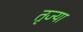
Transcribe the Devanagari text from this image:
तृज्या